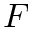
F